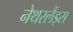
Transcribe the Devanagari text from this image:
नेथरलैंड्स